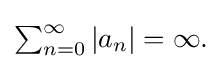
{\textstyle \sum _{n=0}^{\infty }\left|a_{n}\right|=\infty .}